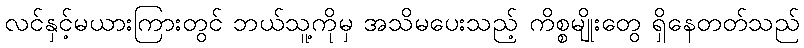
လင်နှင့်မယားကြားတွင် ဘယ်သူ့ကိုမှ အသိမပေးသည့် ကိစ္စမျိုးတွေ ရှိနေတတ်သည်